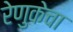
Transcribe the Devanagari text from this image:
रेणुकेचा